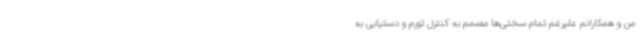
من و همکارانم علیرغم تمام سختی‌ها مصمم به کنترل تورم و دستیابی به